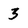
Character: 3